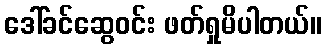
ဒေါ်ခင်ဆွေဝင်း ဖတ်ရှုမိပါတယ်။